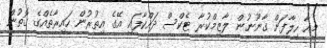
މިއާ ހިލާފަށް ގާނޫނުން ލާޒިމްކުރާ ޓެކްސް ދައްކާފައި އޭގެ އިތުރުން ހައިރާތެއްގެ ގޮތުން